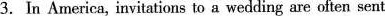
3.In America, invitations to a wedding are often sent